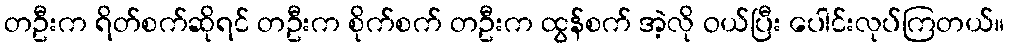
တဦးက ရိတ်စက်ဆိုရင် တဦးက စိုက်စက် တဦးက ထွန်စက် အဲ့လို ဝယ်ပြီး ပေါင်းလုပ်ကြတယ်။